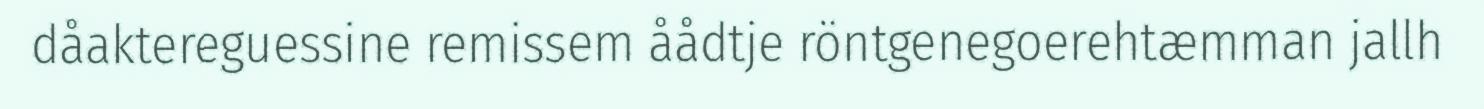
dåaktereguessine remissem åådtje röntgenegoerehtæmman jallh